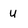
Character: u